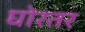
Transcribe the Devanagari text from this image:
घोरतर